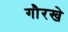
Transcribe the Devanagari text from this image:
गौरखे